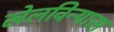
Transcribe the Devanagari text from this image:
खेलविन्यास